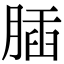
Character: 𦝥